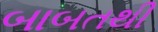
બાબતથી